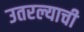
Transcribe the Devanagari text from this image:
उतरल्याची